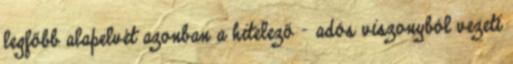
legfőbb alapelvét azonban a hitelező – adós viszonyból vezeti